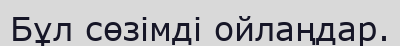
Бұл сөзімді ойлаңдар.